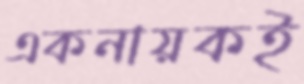
একনায়কই